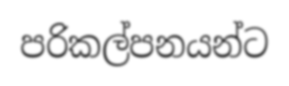
පරිකල්පනයන්ට